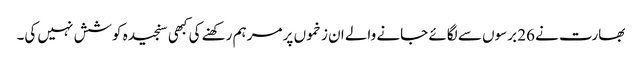
بھارت نے 26 برسوں سے لگائے جانے والے ان زخموں پر مرہم رکھنے کی کبھی سنجیدہ کوشش نہیں کی۔